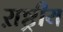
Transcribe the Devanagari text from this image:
ऱाष्ट्रीय